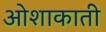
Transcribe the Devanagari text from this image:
ओशाकाती